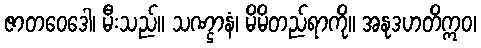
ဇာတဝေဒေါ၊ မီးသည်။ သဏ္ဌာနံ၊ မိမိတည်ရာကို။ အနုဒဟတိဣဝ၊